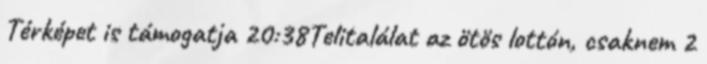
Térképet is támogatja 20:38Telitalálat az ötös lottón, csaknem 2